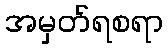
အမှတ်ရစရာ